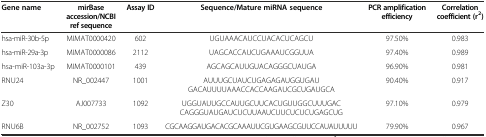
<table><thead><tr><td><b>Gene name</b></td><td><b>mirBase accession/NCBI ref sequence</b></td><td><b>Assay ID</b></td><td><b>Sequence/Mature miRNA sequence</b></td><td><b>PCR amplification efficiency</b></td><td><b>Correlation coefficient (r<sup>2</sup>)</b></td></tr></thead><tbody><tr><td>hsa-miR-30b-5p</td><td>MIMAT0000420</td><td>602</td><td>UGUAAACAUCCUACACUCAGCU</td><td>97.50%</td><td>0.983</td></tr><tr><td>hsa-miR-29a-3p</td><td>MIMAT0000086</td><td>2112</td><td>UAGCACCAUCUGAAAUCGGUUA</td><td>97.40%</td><td>0.989</td></tr><tr><td>hsa-miR-103a-3p</td><td>MIMAT0000101</td><td>439</td><td>AGCAGCAUUGUACAGGGCUAUGA</td><td>96.90%</td><td>0.981</td></tr><tr><td>RNU24</td><td>NR_002447</td><td>1001</td><td>AUUUGCUAUCUGAGAGAUGGUGAUGACAUUUUAAACCACCAAGAUCGCUGAUGCA</td><td>90.40%</td><td>0.917</td></tr><tr><td>Z30</td><td>AJ007733</td><td>1092</td><td>UGGUAUUGCCAUUGCUUCACUGUUGGCUUUGACCAGGGUAUGAUCUCUUAAUCUUCUCUCUGAGCUG</td><td>97.10%</td><td>0.979</td></tr><tr><td>RNU6B</td><td>NR_002752</td><td>1093</td><td>CGCAAGGAUGACACGCAAAUUCGUGAAGCGUUCCAUAUUUUU</td><td>79.90%</td><td>0.967</td></tr></tbody></table>